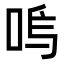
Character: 𭇩